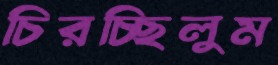
চিরচ্ছিলুম